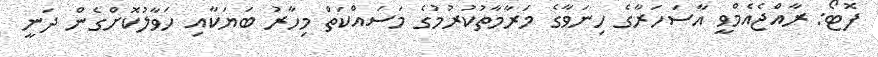
ފޮޓޯ: ރާއްޖެއެމްވީ އާސަހަރާގެ ހިނަވާގެ މަރާމާތުކުރުމުގެ މަސައްކަތް މިހާރު ބަޔަކާއި ހަވާލުކޮށްގެން ދަނީ